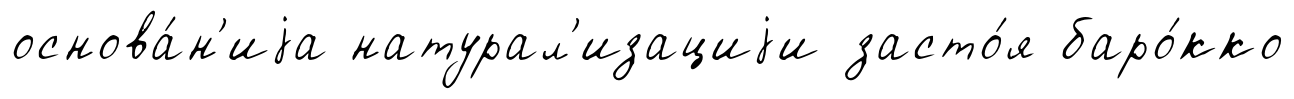
основа́н'иjа натурал'изациjи засто́я баро́кко